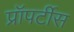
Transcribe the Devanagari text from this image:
प्रॉपर्टीस